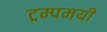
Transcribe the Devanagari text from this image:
ट्रम्पमयी